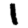
Digit: 1